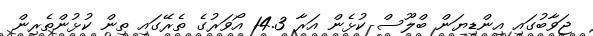
ޖަވާބުގައި އިންޑިޔަން ބްލޫސް ކުޅެން އަރާ 14.3 އޯވަރުގެ ތެރޭގައި ތިން ކުޅުންތެރިން